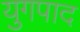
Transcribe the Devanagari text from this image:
युगपाद